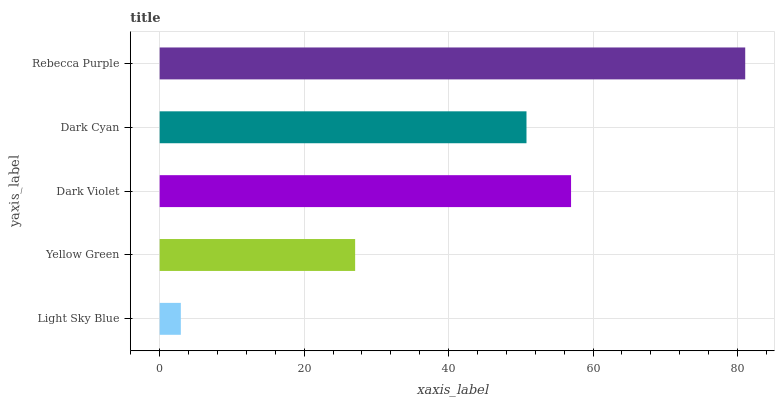
| yaxis_label | bars |
 | --- | --- |
 | Light Sky Blue | 2.93 |
 | Yellow Green | 27.1 |
 | Dark Violet | 56.9 |
 | Dark Cyan | 50.8 |
 | Rebecca Purple | 81.1 |